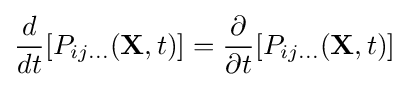
{\frac {d}{dt}}[P_{ij\ldots }(\mathbf {X} ,t)]={\frac {\partial }{\partial t}}[P_{ij\ldots }(\mathbf {X} ,t)]